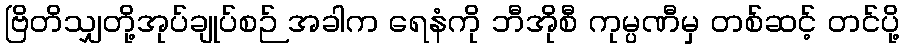
ဗြိတိသျှတို့အုပ်ချုပ်စဉ် အခါက ရေနံကို ဘီအိုစီ ကုမ္ပဏီမှ တစ်ဆင့် တင်ပို့